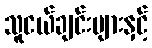
သူငယ်ချင်းများနှင့်